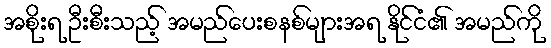
အစိုးရ ဦးစီးသည့် အမည်ပေးစနစ်များအရ နိုင်ငံ၏ အမည်ကို